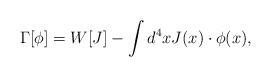
LaTeX: \begin{align*}\Gamma[\phi]=W[J]-\int d^4x J(x)\cdot\phi(x),\end{align*}